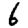
Digit: 6